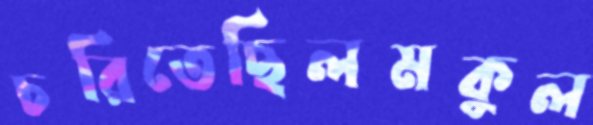
চরিতেছিলমকুল